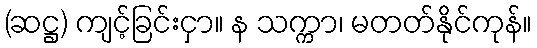
(ဆဋ္ဌ) ကျင့်ခြင်းငှာ။ န သက္ကာ၊ မတတ်နိုင်ကုန်။